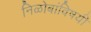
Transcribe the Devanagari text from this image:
निळोबांविषयी